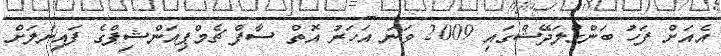
އެއަށް ފަހު ބަންގްލަދޭޝްގައި 2009 ވަނަ އަހަރު އޮތް ސާފް ޗެމްޕިއަންޝިޕްގެ ފައިނަލަށް